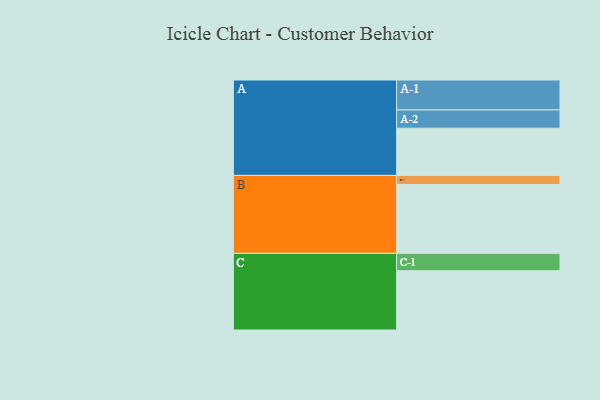
{"axis": {"x": "Segment", "y": "Value"}, "legend": ["", "A", "B", "C"], "data": [{"x": "A", "y": 375, "type": ""}, {"x": "B", "y": 547, "type": ""}, {"x": "C", "y": 471, "type": ""}, {"x": "A-1", "y": 238, "type": "A"}, {"x": "A-2", "y": 145, "type": "A"}, {"x": "B-1", "y": 72, "type": "B"}, {"x": "C-1", "y": 138, "type": "C"}]}